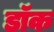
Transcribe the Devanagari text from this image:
डाॅक